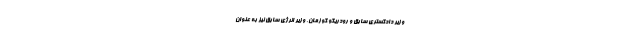
وزیر دادگستری سابق و رودریگو گوزمان، وزیر انرژی سابق نیز به عنوان